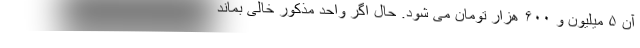
آن ۵ میلیون و ۶۰۰ هزار تومان می شود. حال اگر واحد مذکور خالی بماند